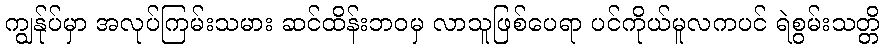
ကျွန်ုပ်မှာ အလုပ်ကြမ်းသမား ဆင်ထိန်းဘဝမှ လာသူဖြစ်ပေရာ ပင်ကိုယ်မူလကပင် ရဲစွမ်းသတ္တိ